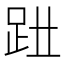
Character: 𧿱